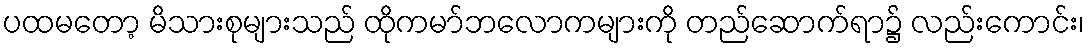
ပထမတော့ မိသားစုများသည် ထိုကမာ်ဘလောကများကို တည်ဆောက်ရာ၌ လည်းကောင်း၊